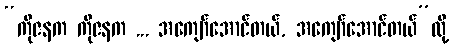
“ကိုဇနက ကိုဇနက ... အကျော်အောင်တယ်, အကျော်အောင်တယ်”လို့